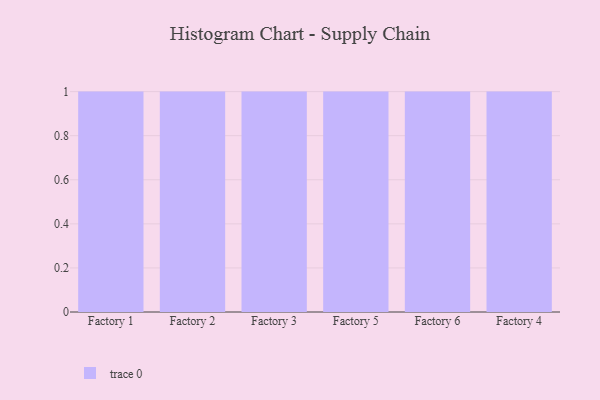
{"axis": {"x": "Factory", "y": "Page Views"}, "legend": [""], "data": [{"x": "Factory 1", "y": 3, "type": ""}, {"x": "Factory 2", "y": 2, "type": ""}, {"x": "Factory 3", "y": 47, "type": ""}, {"x": "Factory 5", "y": 81, "type": ""}, {"x": "Factory 6", "y": 68, "type": ""}, {"x": "Factory 4", "y": 14, "type": ""}]}